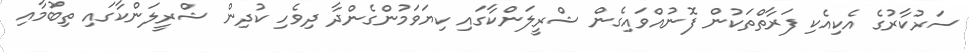
ސަރުކާރުގެ އެކިއެކި ފަރާތްތަކުން ފޮނުއްވައިގެން ޝްރީލަންކާގައި ކިޔަވަމުންގެންދާ ދިވެހި ކުދިން ޝްރީލަންކާގައި ތިބުމާއި